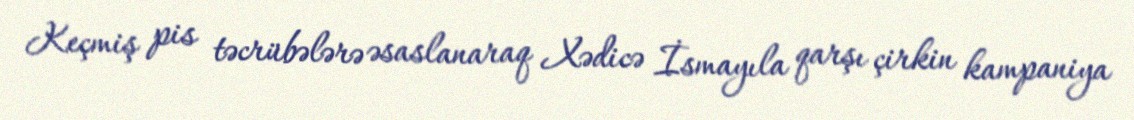
Keçmiş pis təcrübələrə əsaslanaraq Xədicə İsmayıla qarşı çirkin kampaniya